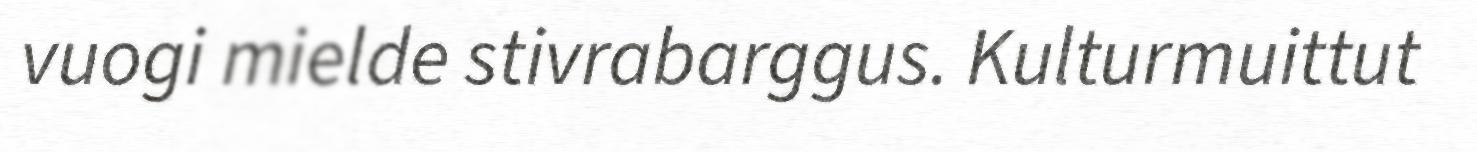
vuogi mielde stivrabarggus. Kulturmuittut